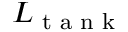
L _ { \textrm { t a n k } }